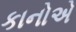
કાનોએ